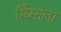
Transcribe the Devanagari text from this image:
सिम्सला